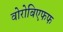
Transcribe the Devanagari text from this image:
वोरोबिएफफ